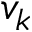
v _ { k }